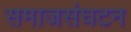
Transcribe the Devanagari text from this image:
समाजसंघटन